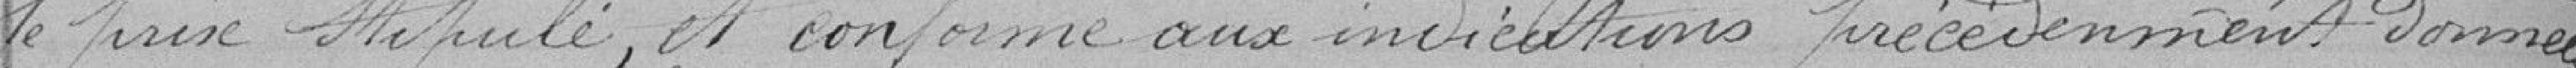
le prix stipulé, et conforme aux indications précédemment données,